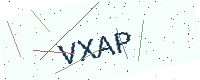
Text: VXAP